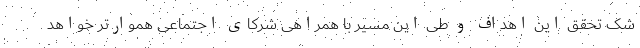
شک تحقق این اهداف و طی این مسیر با همراهی شرکای اجتماعی هموارتر خواهد